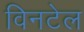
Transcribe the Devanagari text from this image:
विनटेल